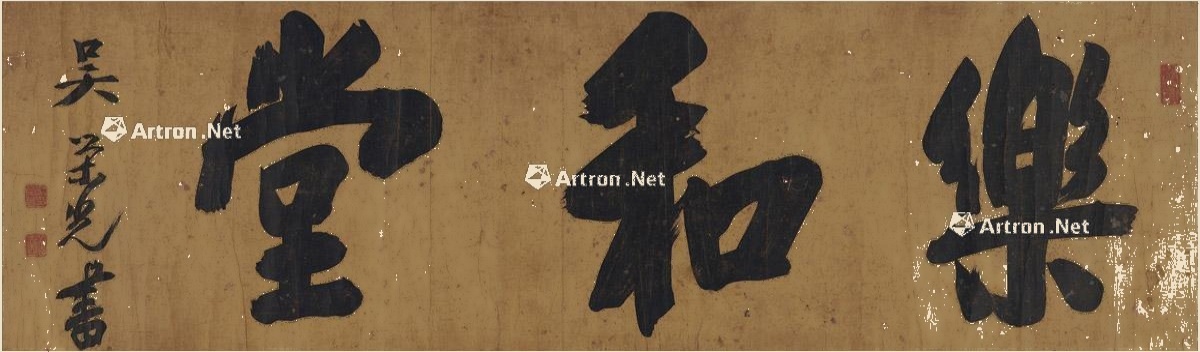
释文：乐和堂。吴荣光书。